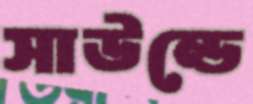
সাউন্ডে